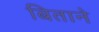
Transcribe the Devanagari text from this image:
बिताने